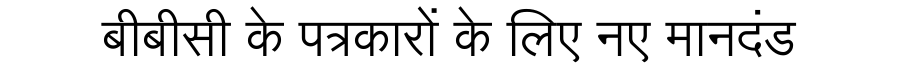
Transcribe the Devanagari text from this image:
बीबीसी के पत्रकारों के लिए नए मानदंड